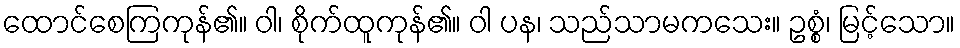
ထောင်စေကြကုန်၏။ ဝါ၊ စိုက်ထူကုန်၏။ ဝါ ပန၊ သည်သာမကသေး။ ဥစ္စံ၊ မြင့်သော။